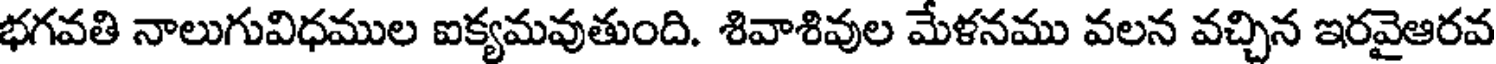
భగవతి నాలుగువిధముల ఐక్యమవుతుంది. శివాశివుల మేళనము వలన వచ్చిన ఇరవైఆరవ